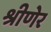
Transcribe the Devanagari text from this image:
श्रीणेर